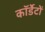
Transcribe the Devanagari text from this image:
कॉर्डेटों